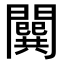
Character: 𨶷